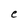
Character: e